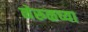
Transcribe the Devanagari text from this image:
नेरूळच्या